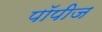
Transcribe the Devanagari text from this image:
पॉपीज